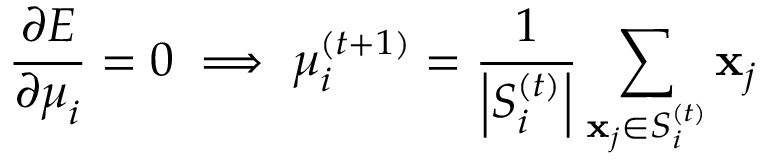
\frac { \partial E } { \partial \boldsymbol { \mu } _ { i } } = 0 \; \Longrightarrow \; \boldsymbol { \mu } _ { i } ^ { ( t + 1 ) } = \frac { 1 } { \left| S _ { i } ^ { ( t ) } \right| } \sum _ { \mathbf { x } _ { j } \in S _ { i } ^ { ( t ) } } \mathbf { x } _ { j }